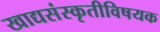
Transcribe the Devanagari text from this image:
खाद्यसंस्कृतीविषयक